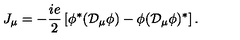
J _ { \mu } = - { \frac { i e } { 2 } } \left[ \phi ^ { * } ( { \cal D } _ { \mu } \phi ) - \phi ( { \cal D } _ { \mu } \phi ) ^ { * } \right] .